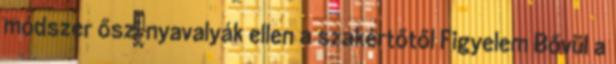
módszer őszi nyavalyák ellen a szakértőtől Figyelem Bővül a